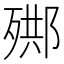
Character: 𣨳